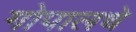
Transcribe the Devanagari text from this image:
गोपालचे